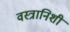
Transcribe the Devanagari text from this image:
वस्त्रानिशी